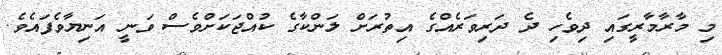
މި މާރާމާރީގައި ދިވެހި ދެ ދަރިވަރެއްގެ އިތުރަށް ލަންކާގެ ކުއްޖަކަށްވެސް ވަނީ އަނިޔާވެފައެވެ.